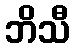
ဘိသီ